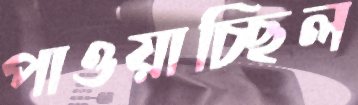
পাওয়াচ্ছিল